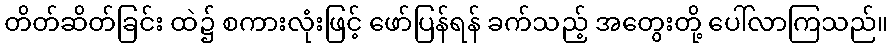
တိတ်ဆိတ်ခြင်း ထဲ၌ စကားလုံးဖြင့် ဖော်ပြန်ရန် ခက်သည့် အတွေးတို့ ပေါ်လာကြသည်။